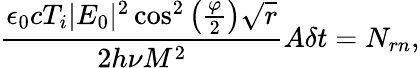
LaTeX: \frac{\epsilon_{0}cT_{i}|E_{0}|^{2}\cos^{2}\left(\frac{\varphi}{2}\right)\sqrt{r}}{2h\nu M^{2}}A\delta t=N_{rn},